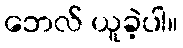
ဘေလ် ယူခဲ့ပါ။